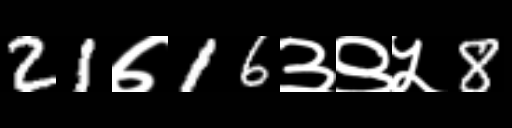
Text: 21७16३९५8